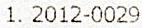
1. 2012-0029